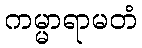
ကမ္မာရာမတံ